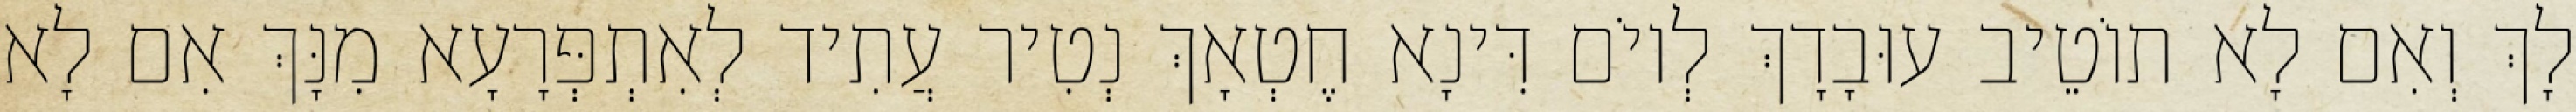
לָךְ וְאִם לָא תוֹטֵיב עוּבָדָךְ לְיוֹם דִּינָא חֶטְאָךְ נְטִיר עֲתִיד לְאִתְפְּרָעָא מִנָּךְ אִם לָא